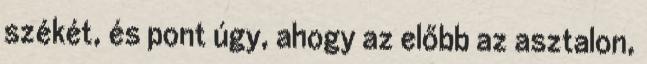
székét, és pont úgy, ahogy az előbb az asztalon,